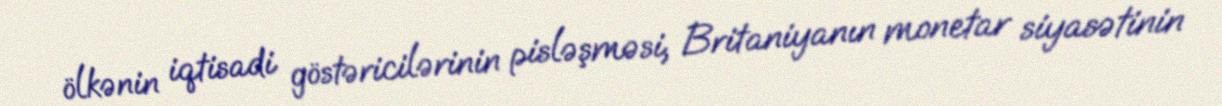
ölkənin iqtisadi göstəricilərinin pisləşməsi, Britaniyanın monetar siyasətinin